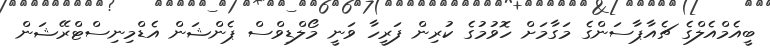
ބީއެމްއެލްގެ ޗެއާޕާސަންގެ މަގާމަށް ހޮވުމުގެ ކުރިން ފަރީހާ ވަނީ މޯލްޑިވްސް ޕެންޝަން އެޑްމިނިސްޓްރޭޝަން